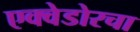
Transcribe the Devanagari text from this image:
एक्वेडोरचा